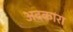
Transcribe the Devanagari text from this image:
अदकारा